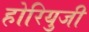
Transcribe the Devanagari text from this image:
होरियुजी